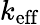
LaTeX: k_{\mathrm{eff}}